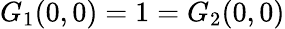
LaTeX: G_{1}(0,0)=1=G_{2}(0,0)